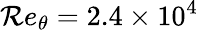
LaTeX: \mathcal{R}e_{\theta}=2.4\times10^{4}